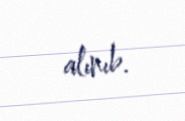
alınıb.